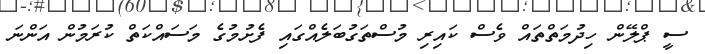
ސީ ޕްލޭން ހިދުމަތްތައް ވެސް ކައިރި މުސްތަގުބަލެއްގައި ފެށުމުގެ މަސައްކަތް ކުރަމުން އަންނަ